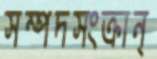
সম্পদসংক্রান্